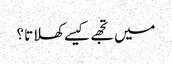
میں تجھے کیسے کھلاتا ؟